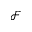
\mathcal { F }